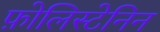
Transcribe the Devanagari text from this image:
फ़ोलिस्टेनिन